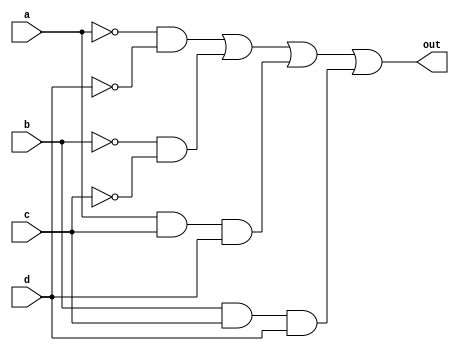
// Exercise 3-1-4-2: 4-Variable 1
module KMap4Var_1 (
    input a,
    input b,
    input c,
    input d,
    output out
);
    /*
    cd\ab 00 01 11 10
    -----------------
    00    1  1  0  1
    01    1  0  0  1
    11    0  1  1  1
    10    1  1  0  0
    */
    assign out = (~a & ~d) | (~b & ~c) | (a & c & d) | (b & c & d);
endmodule